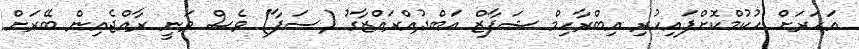
އަހަރަށް ހުކުމްކޮށްފައިހުރި އިބްރާހިމް ޝަފާޒް އަބްދުއްރައްޒާގު (ސަފާ) ވެސް ވަނީ ރާއްޖެއިން ބޭރަށް